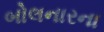
બોલનારના